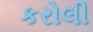
કરોલી